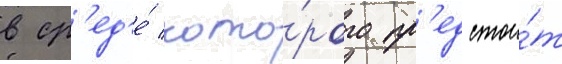
в ср'ед'е́ кото́рого пр'едстои́т